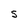
Character: S